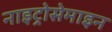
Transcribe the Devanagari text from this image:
नाइट्रोसेमाइन